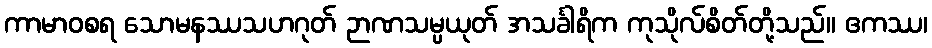
ကာမာဝစရ သောမနဿသဟဂုတ် ဉာဏသမ္ပယုတ် အသင်္ခါရိက ကုသိုလ်စိတ်တို့သည်။ ဧကဿ၊